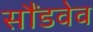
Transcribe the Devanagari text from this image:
सौंडवेव